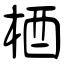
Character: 梄